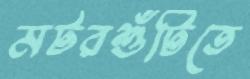
মটরশুঁটিতে